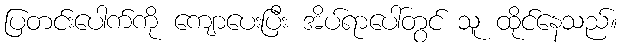
ပြတင်းပေါက်ကို ကျောပေးပြီး အိပ်ရာပေါ်တွင် သူ ထိုင်နေသည်။